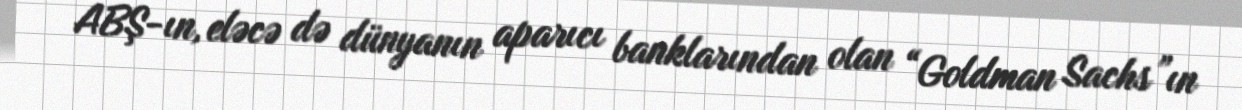
ABŞ-ın, eləcə də dünyanın aparıcı banklarından olan “Goldman Sachs”ın